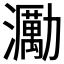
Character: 𤄆